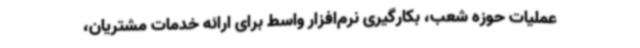
عملیات حوزه شعب، بکارگیری نرم‌افزار واسط برای ارائه خدمات مشتریان،